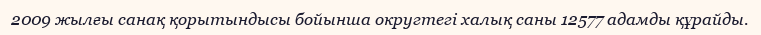
2009 жылғы санақ қорытындысы бойынша округтегі халық саны 12577 адамды құрайды.